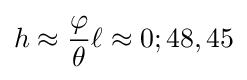
h\approx {\frac {\varphi }{\theta }}\ell \approx 0;48,45